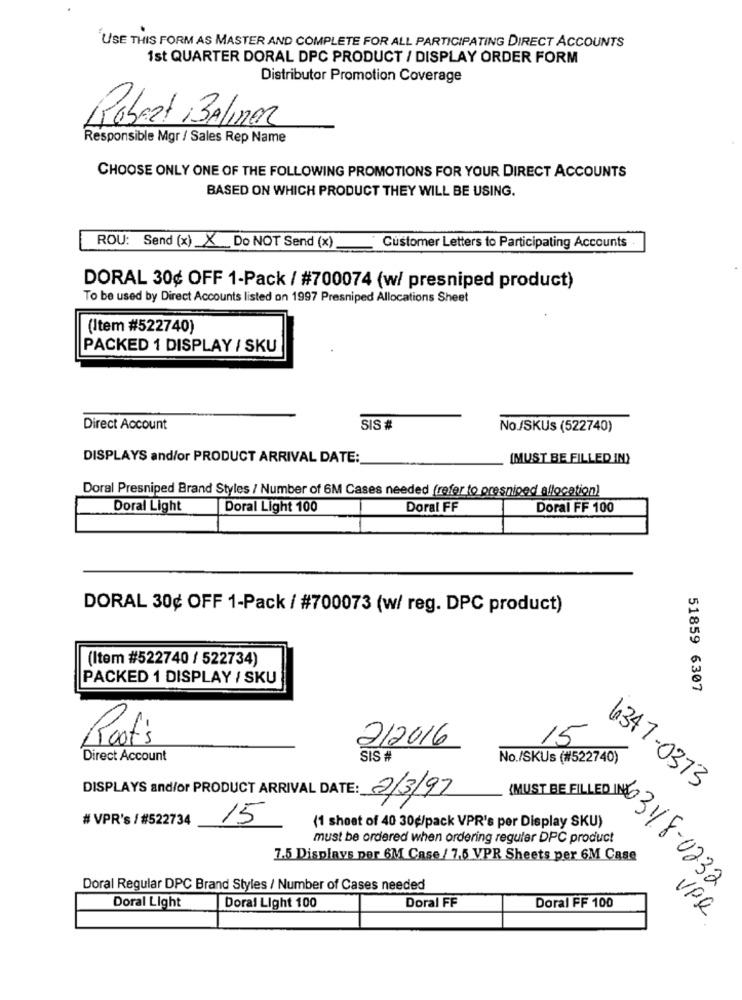
USE THIS FORM AS MASTER AND COMPLETE FOR ALL PARTICIPATING DIRECT ACCOUNTS
1st QUARTER DORAL DPC PRODUCT / DISPLAY ORDER FORM
Distributor Promotion Coverage
Robert ,BAliner
Responsible Mgr / Sales Rep Name
CHOOSE ONLY ONE OF THE FOLLOWING PROMOTIONS FOR YOUR DIRECT ACCOUNTS
BASED ON WHICH PRODUCT THEY WILL BE USING.
ROU: Send (x) X Do NOT Send (x)
Customer Letters to Participating Accounts .
DORAL 30¢ OFF 1-Pack / #700074 (w/ presniped product)
To be used by Direct Accounts listed on 1997 Presniped Allocations Sheet
(Item #522740)
PACKED 1 DISPLAY / SKU
Direct Account
SIS #
No./SKUs (522740)
DISPLAYS and/or PRODUCT ARRIVAL DATE:
(MUST BE FILLED IN)
Doral Presniped Brand Styles / Number of 6M Cases needed (refer to presniped allocation)
Doral Light
Doral Light 100
Doral FF
Doral FF 100
DORAL 30¢ OFF 1-Pack / #700073 (w/ reg. DPC product)
(Item #522740 / 522734)
PACKED 1 DISPLAY / SKU
51859 6307
Root's
15
2/2016
Direct Account
SIS #
No./SKUs (#522740)
6347-0373
DISPLAYS and/or PRODUCT ARRIVAL DATE: 2/3/97
# VPR's /#522734
15
(1 sheet of 40 30g/pack VPR's per Display SKU)
must be ordered when ordering regular DPC product
7.5 Displays por 6M Case / 7,5 VPR Sheets per 6M Case
Doral Regular DPC Brand Styles / Number of Cases needed
MUST BE FILLED INDO 3118-0232
Doral Light
Doral Light 100
Doral FF
Doral FF 100
VPR